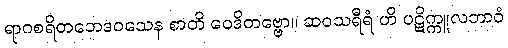
ရာဂစရိတဘေဒဝသေန စာတိ ဝေဒိတဗ္ဗော။ ဆဝသရီရံ ဟိ ပဋိက္ကူလဘာဝံ